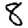
Digit: 8